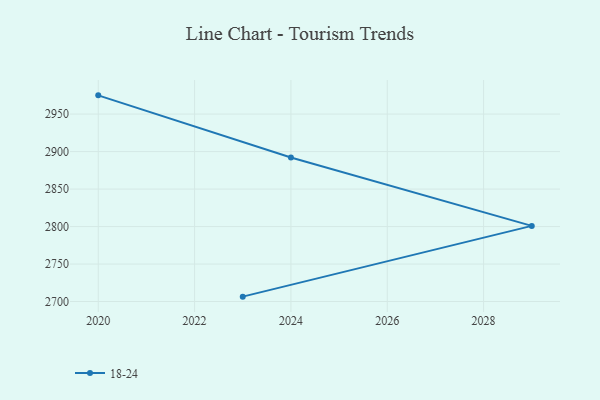
{"axis": {"x": "Year", "y": "Humidity (%)"}, "legend": ["18-24"], "data": [{"x": "2023", "y": 2706.5, "type": "18-24"}, {"x": "2029", "y": 2800.9, "type": "18-24"}, {"x": "2024", "y": 2892.2, "type": "18-24"}, {"x": "2020", "y": 2975.0, "type": "18-24"}]}